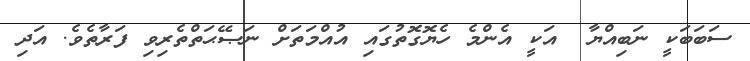
ސަބަބަކީ ނަބިއްޔާ  އަކީ އެންމެ ހެޔޮގޮތުގައި އުއްމަތަށް ނަޞޭޙަތްތެރިވި ފަރާތެވެ. އަދި